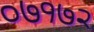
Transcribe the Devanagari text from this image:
०७१७२